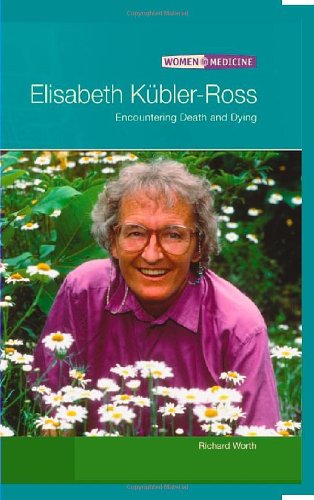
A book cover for Elisabeth Kubler-ross: Encountering Death And Dying (Women in Medicine); Richard Worth; Teen & Young Adult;